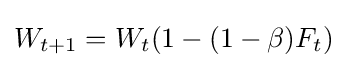
W_{t+1}=W_{t}(1-(1-\beta )F_{t})